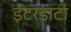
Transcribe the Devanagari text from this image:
इंटरडाटा